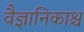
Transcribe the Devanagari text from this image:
वैज्ञानिकाश्च